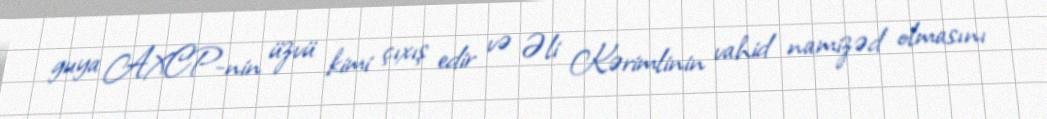
guya AXCP-nin üzvü kimi çıxış edir və Əli Kərimlinin vahid namizəd olmasını